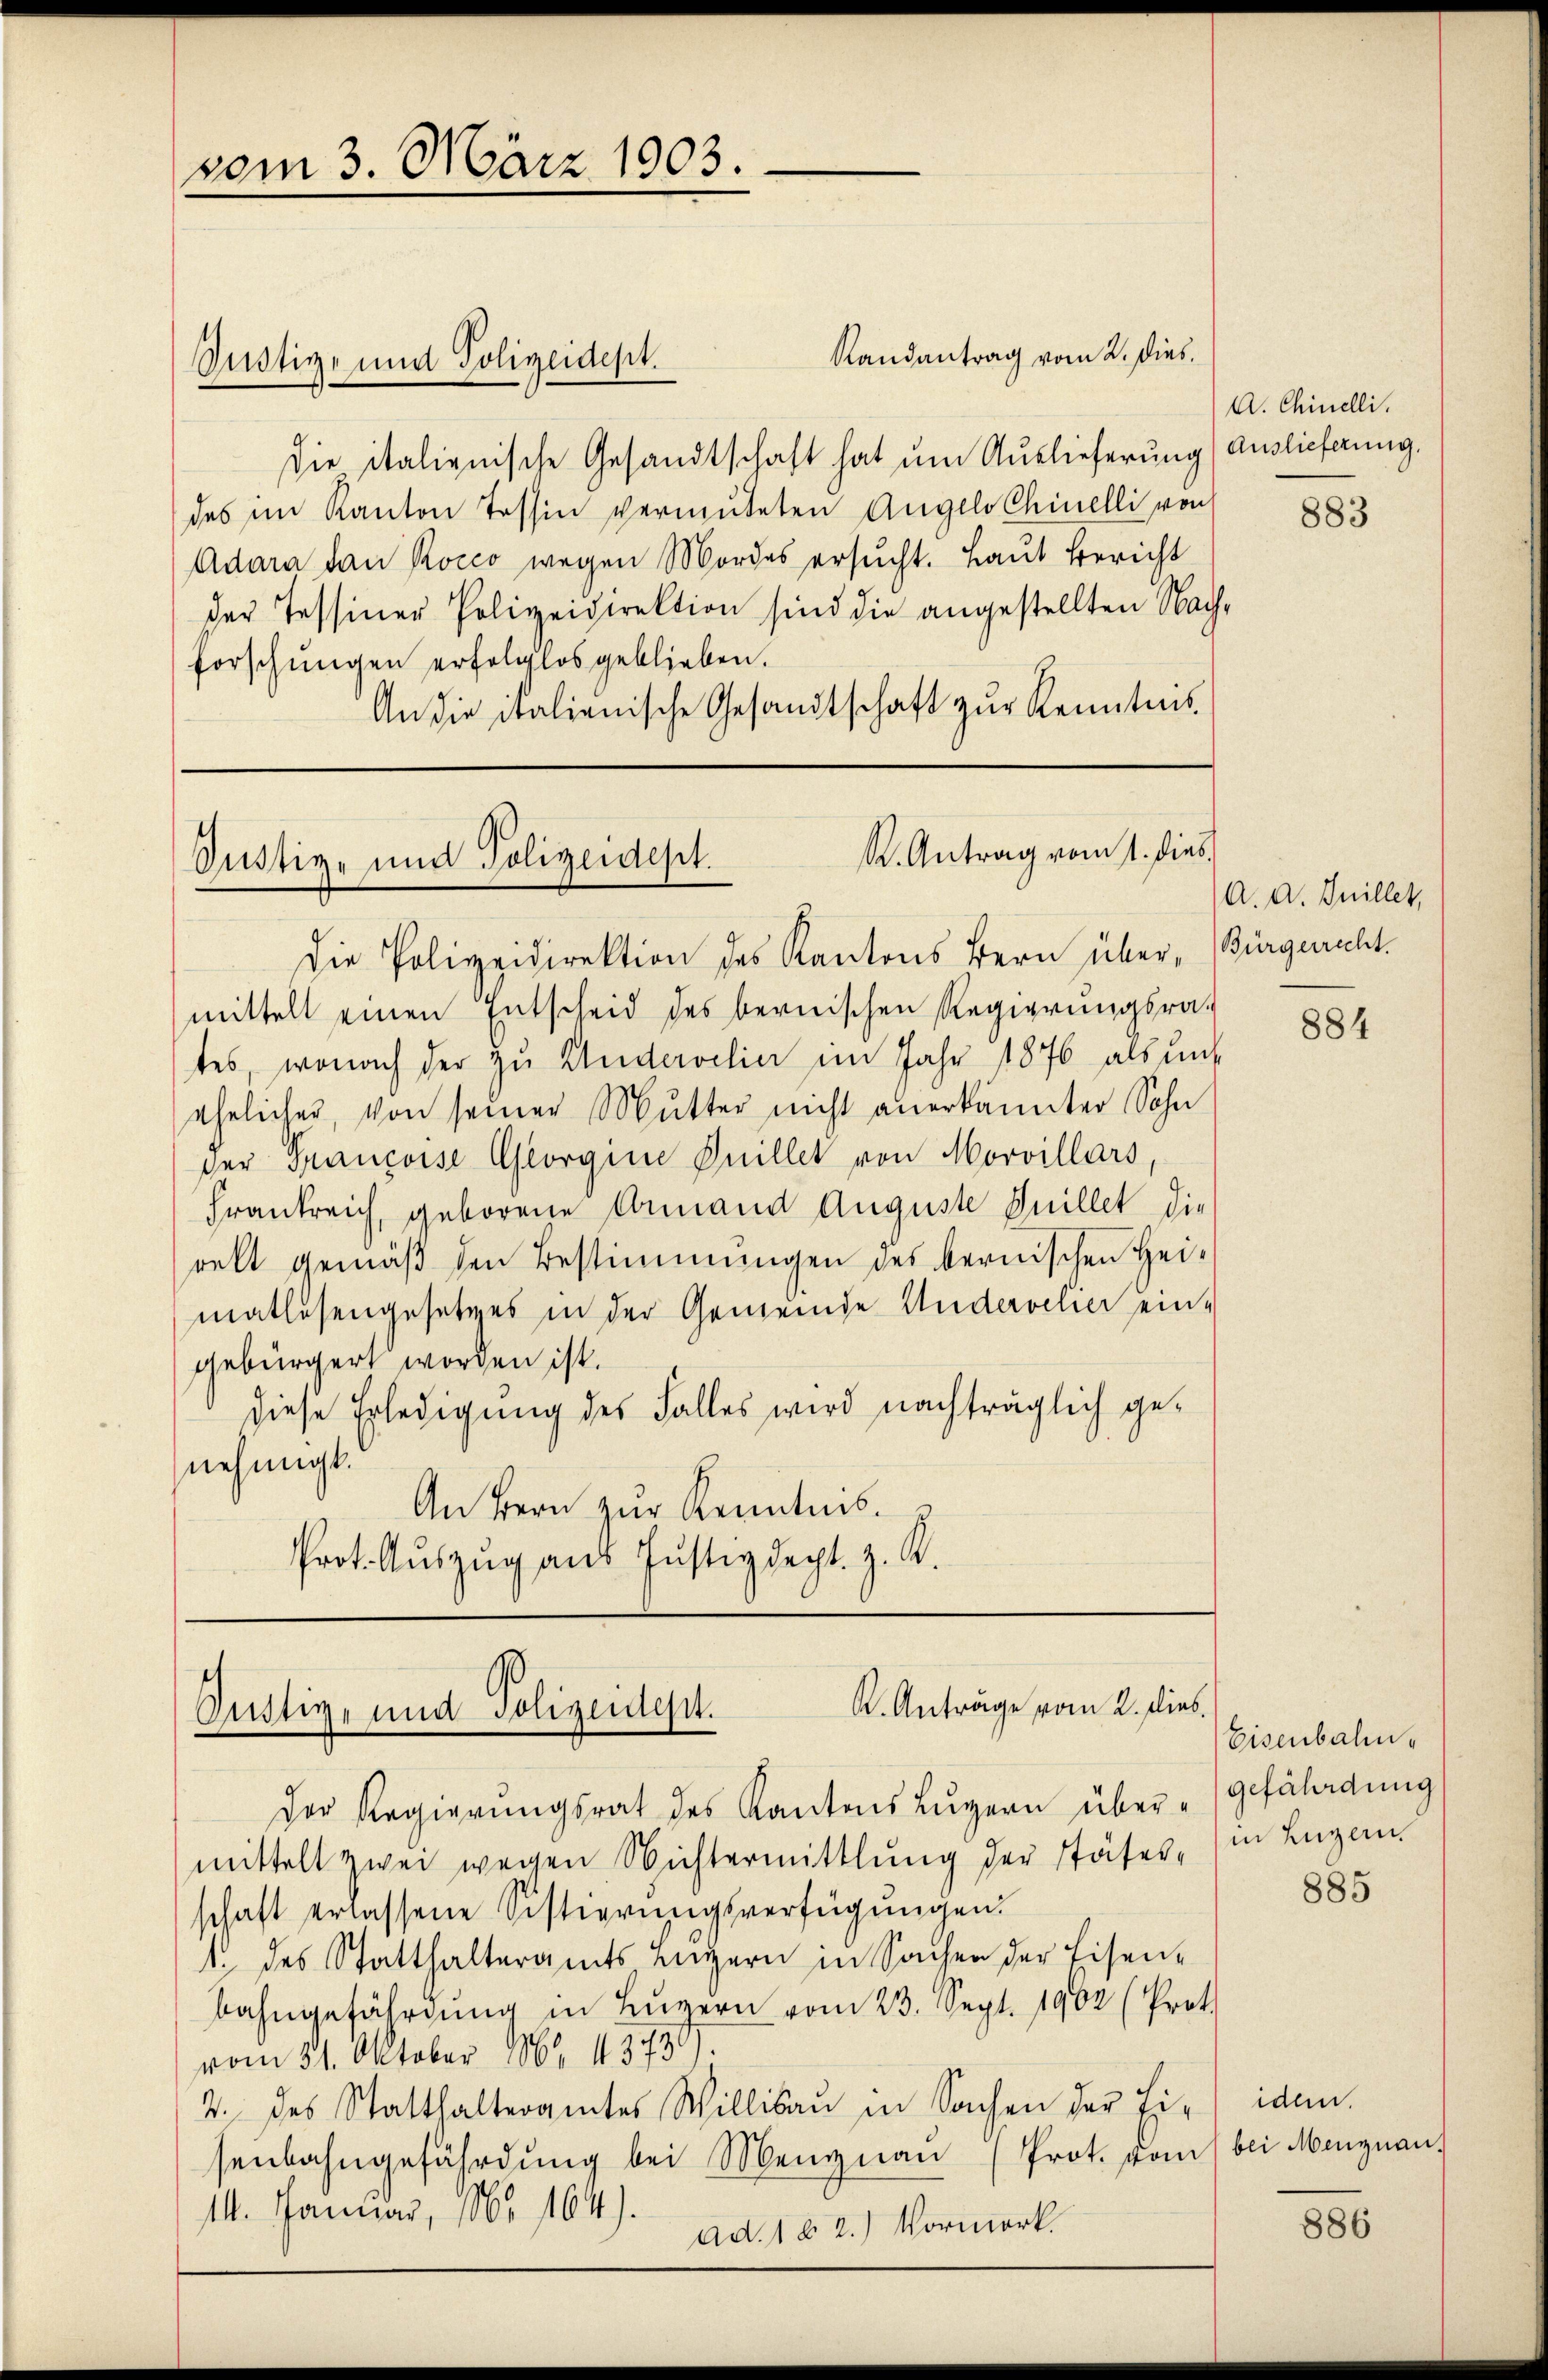
vom 3. März 1903.

Randantrag vom 2. Dies
die italienische Gesandtschaft hat um Auslieferung (Auslieferung.
des im Kanton Tessin vermuteten Angels Chinelli von
Adara dan Rocco wegen Mordes ersucht. Laut Bericht
der Tessiner Polizeidirektion sind die angestellten Nach-
forschŭngen erfolglos geblieben.
An die italienische Gesandtschaft zur Kenntnis

Justiz- und Polizeidest.

R. Antrag vom 1. dies
Justiz- und Polizeidept.

Die Polizeidirektion des Kantons Bern über, Bürgerrecht.
mittelt einen Entscheid des bernischen Regierungsra-
tes, wonach der zu Andervelier im Jahr 1876 als unt
ehelicher, von seiner Mutter nicht anerkannter Sohn
der Francoise Georgine Guillet von Morvillars,
Frankreich, geborene Armand Auguste Guillet die
rekt gemäβ den Bestimmungen des bernischen Hei-
matlosengesetzes in der Gemeinde Andervelier ein-
gebürgert worden ist.
diese Erledigung des Falles wird nachträglich genehmigt.
An Bern zur Kenntnis¬
Prot. Auszug aus Justiz Recht. z. K.

K. Anträge vom 2. dies
Justiz- und Polizeidept.

Der Regierungsrat des Kantons Luzern über-
mittelt zwei wegen Nichtermittlung der Stäfer, in Lugan
schaft erlassene Sistierungsverfügungen.
1. des Statthalteramts Luzern in Sachen der Eisen-
Bahngefährdung in Luzern vom 23. Sept. 1902 (Prot
vom 31. Oktober 1864 45739.
2. des Statthalteramtes Willisaŭ in Sachen der Ei-
senbahngefährdung bei Mengnau (Prot. von bei Menznau,
14. Januar, 15 164).
ad. 182.) Vormerk.

A. Chinelli.

883

a. d. Juillet,

884

Eisenbahngefährdung

885

idem.

886